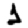
Digit: 1